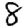
Digit: 8